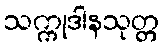
သက္ကုဒါနသုတ္တ